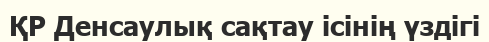
ҚР Денсаулық сақтау ісінің үздігі